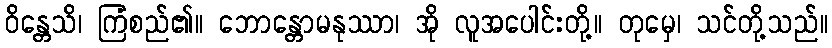
ဝိန္တေသိ၊ ကြံစည်၏။ ဘောန္တောမနုဿာ၊ အို လူအပေါင်းတို့။ တုမှေ၊ သင်တို့သည်။